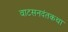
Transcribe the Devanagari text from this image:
वाटसनदंतकथा